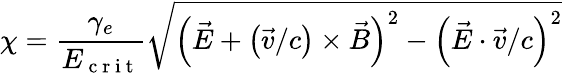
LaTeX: \chi=\frac{\gamma_{e}}{E_{\mathrm{~c~r~i~t~}}}\sqrt{\left(\vec{E}+\left(\vec{v}/c\right)\times\vec{B}\right)^{2}-\left(\vec{E}\cdot\vec{v}/c\right)^{2}}